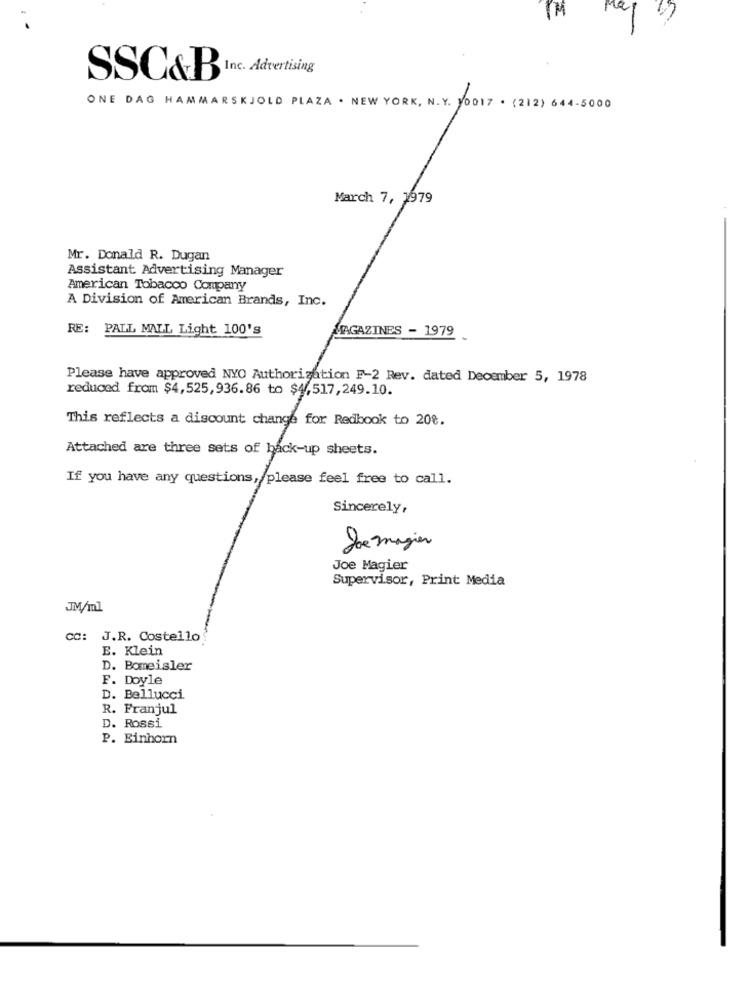
SSC&B
ac.Advertising
ONE DAG HAMMARSKJOLD PLAZA . NEW YORK, N. Y. 10017 . (212) 644-5000
March 7, 1979
Mr. Donald R. Dugan
Assistant Advertising Manager
American Tobacco Company
A Division of American Brands, Inc.
RE: PALL MALL Light 100's
MAGAZINES - 1979
Please have approved NYO Authorization F-2 Rev. dated December 5, 1978
reduced from $4,525,936.86 to $4,517,249.10.
This reflects a discount change for Redbook to 208.
Attached are three sets of back-up sheets.
If you have any questions, please feel free to call.
Sincerely,
Joe magier
Joe Magier
Supervisor, Print Media
JM/ml
CC: J.R. Costello
E. Klein
D. Bomeisler
F. Doyle
D. Bellucci
R. Franjul
D. Rossi
P. Einhorn